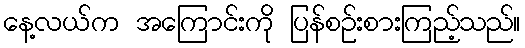
နေ့လယ်က အကြောင်းကို ပြန်စဉ်းစားကြည့်သည်။